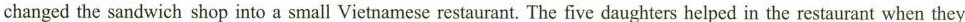
changed the sandwich shop into a small Vietnamese restaurant. The five daughters helped in the restaurant when they